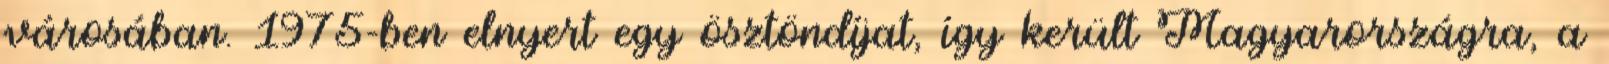
városában. 1975-ben elnyert egy ösztöndíjat, így került Magyarországra, a